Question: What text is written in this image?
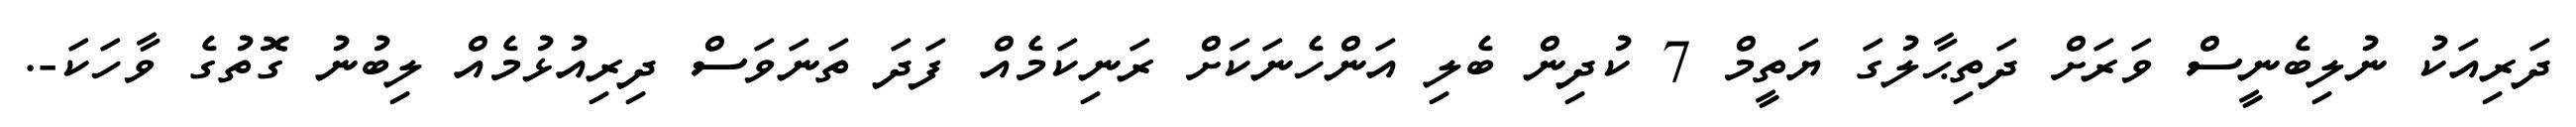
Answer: ދަރިއަކު ނުލިބެނީސް ވަރަށް ދަތިޙާލުގަ ޔަތީމް 7 ކުދިން ބެލި އަންހެނަކަށް ރަނިކަމެއް ފަދަ ތަނަވަސް ދިރިއުޅުމެއް ލިބުނު ގޮތުގެ ވާހަކަ-.